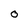
Character: 0